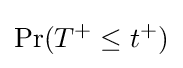
\Pr(T^{+}\leq t^{+})